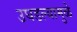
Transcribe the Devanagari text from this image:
उघडल्यामुळे